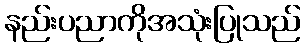
နည်းပညာကိုအသုံးပြုသည်